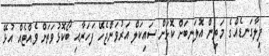
ފިލާގަނޑެއްގެ މަތިން އޮލަނބަށް ކޮޅަށް ސައިކަލް އަރުވަންޖެހޭ ފަހަރާއި ބޯކޮޅުވަތަށް ވެއްޓެއް އުޅޭ